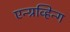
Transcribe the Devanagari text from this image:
एन्ग्रव्हिन्ग